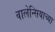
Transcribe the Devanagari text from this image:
वालेन्सियाच्या